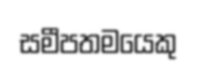
සමීපතමයෙකු